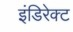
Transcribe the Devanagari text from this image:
इंडिरेक्ट